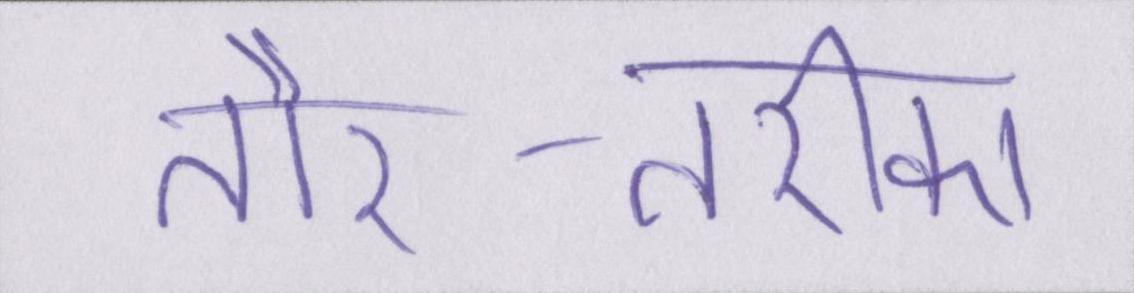
तौर-तरीका